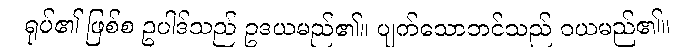
ရုပ်၏ ဖြစ်စ ဥပါဒ်သည် ဥဒယမည်၏။ ပျက်သောဘင်သည် ဝယမည်၏။